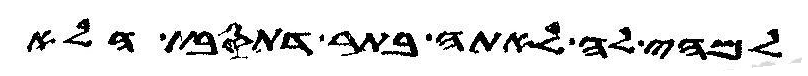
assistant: למהי לה לאתה בתר דתסבת הלא